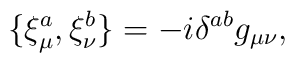
\{\xi_{\mu}^{a},\xi_{\nu}^{b}\}=-i\delta^{ab}g_{\mu\nu},